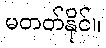
မတတ်နိုင်။